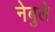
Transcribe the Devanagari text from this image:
नेबुले